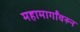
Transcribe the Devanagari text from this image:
महामार्गांवरुन